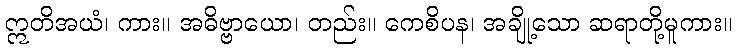
ဣတိအယံ၊ ကား။ အဓိဗ္ဗာယော၊ တည်း။ ကေစိပန၊ အချို့သော ဆရာတို့မူကား။